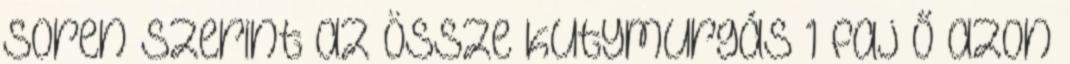
Soren szerint az össze kutymurgás 1 faj ő azon